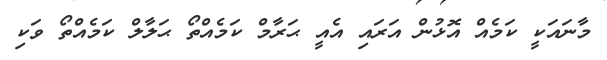
މާނައަކީ ކަމެއް އޮޅުން އަރައި އެއީ ޙަރާމް ކަމެއްތޯ ޙަލާލް ކަމެއްތޯ ވަކި